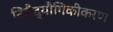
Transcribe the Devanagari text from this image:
निरौद्यौगिकीकरण